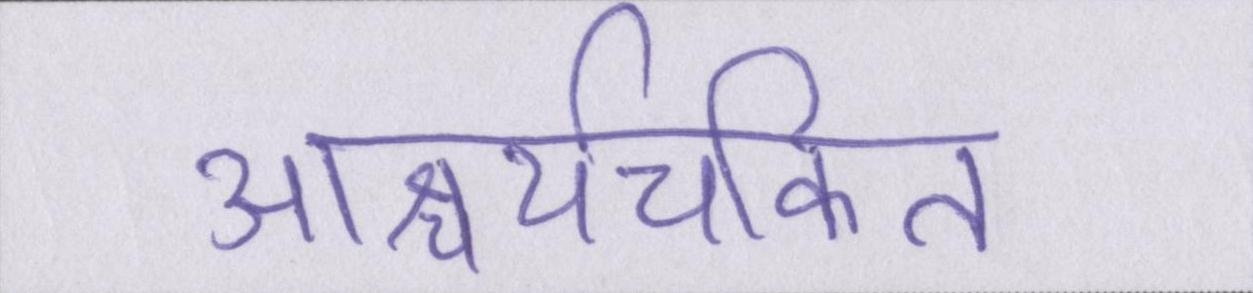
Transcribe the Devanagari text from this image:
आश्चर्यचकित